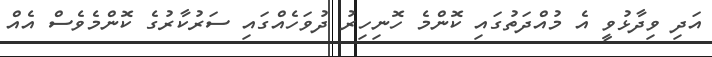
އަދި ވިދާޅުވީ އެ މުއްދަތުގައި ކޮންމެ ހޮނިހިރު ދުވަހެއްގައި ސަރުކާރުގެ ކޮންމެވެސް އެއް